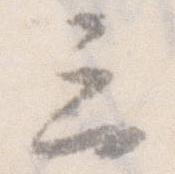
三